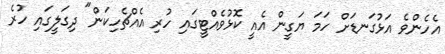
އެހެންވެ އަޅުގަނޑަށް ހަމަ ޔަގީން އެއީ ކޮޅުވެއްޓީގައި ހުރި އެއްޗެހިކަން" ދިގަލީގައި ހުރެ